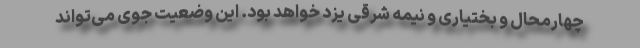
چهارمحال و بختیاری و نیمه شرقی یزد خواهد بود. این وضعیت جوی می‌تواند